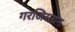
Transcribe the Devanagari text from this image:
गरजिस्तान